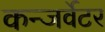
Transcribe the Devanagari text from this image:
कन्जर्वेटर